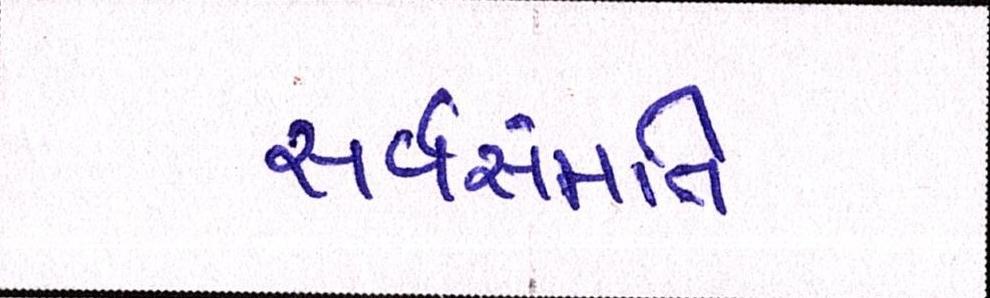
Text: સર્વસંમતિ